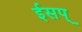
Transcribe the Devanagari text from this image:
ईसप्